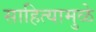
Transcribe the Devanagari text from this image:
साहित्यामुळे